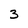
Character: 3